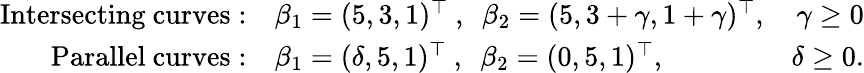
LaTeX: \begin{array}{rlr}{\mathrm{Intersecting~curves:}}&{\beta_{1}=(5,3,1)^{\top}~,~~\beta_{2}=(5,3+\gamma,1+\gamma)^{\top},}&{\gamma\geq 0}\\ {\mathrm{Parallel~curves:}}&{\beta_{1}=(\delta,5,1)^{\top}~,~~\beta_{2}=(0,5,1)^{\top},}&{\delta\geq 0.}\end{array}